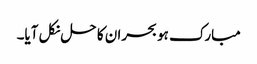
مبارک ہو بحران کا حل نکل آیا۔